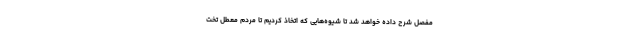
مفصل شرح داده خواهد شد تا شیوه‌هایی که اتخاذ کردیم تا مردم معطل تخت